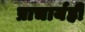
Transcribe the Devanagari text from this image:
प्राचार्यही